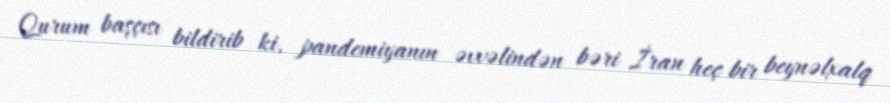
Qurum başçısı bildirib ki, pandemiyanın əvvəlindən bəri İran heç bir beynəlxalq